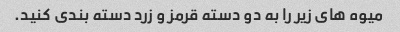
میوه های زیر را به دو دسته قرمز و زرد دسته بندی کنید.